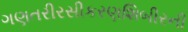
ગણતરીરસીકરણશિબીરની